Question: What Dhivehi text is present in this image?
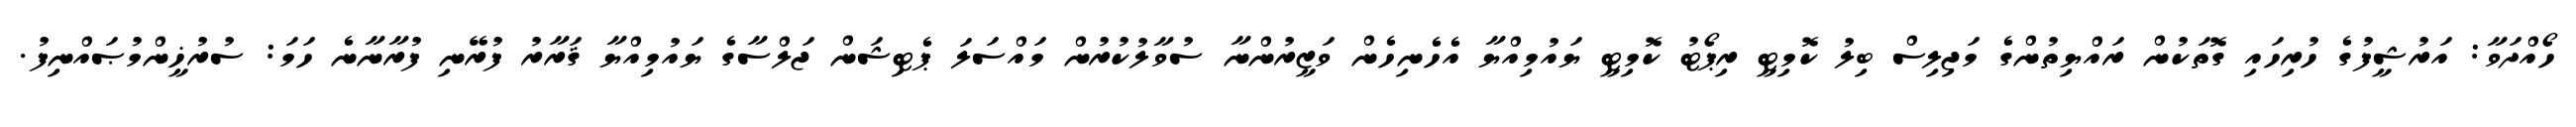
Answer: ހޯއްދަވާ: އަރުޝީފުގެ ހުރިހައި ގޮތަކުން ރައްޔިތުންގެ މަޖިލިސް ބިލު ކޮމިޓީ ރިޕޯޓު ކޮމިޓީ ޔައުމިއްޔާ އެހެނިހެން ވަޒީރުންނާ ސުވާލުކުރުން މައްސަލަ ޕެޓިޝަން ޖަލްސާގެ ޔައުމިއްޔާ ޤަރާރު ފުރޭނި ފުރާނާނެ ހަމަ: ސުރުޚީންމުޞައްނިފު.